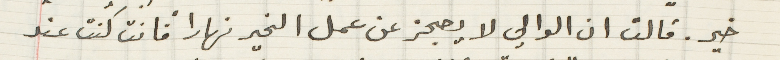
خير. قالت ان الوالي لا يعجز عن عمل الخير نهاراً فانت كنت عند